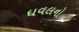
ધવલનો